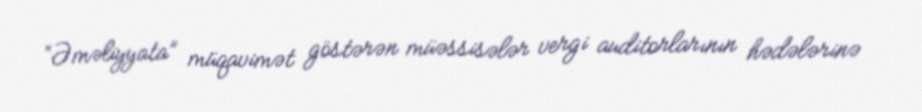
“Əməliyyata” müqavimət göstərən müəssisələr vergi auditorlarının hədələrinə